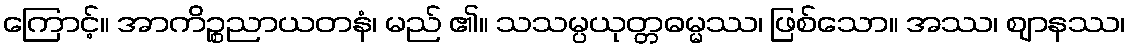
ကြောင့်။ အာကိဉ္စညာယတနံ၊ မည် ၏။ သသမ္ပယုတ္တဓမ္မဿ၊ ဖြစ်သော။ အဿ၊ ဈာနဿ၊